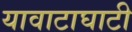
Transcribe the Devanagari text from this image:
यावाटाघाटी